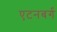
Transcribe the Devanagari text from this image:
एटनबर्ग